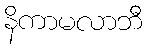
နိကာမလာဘီ